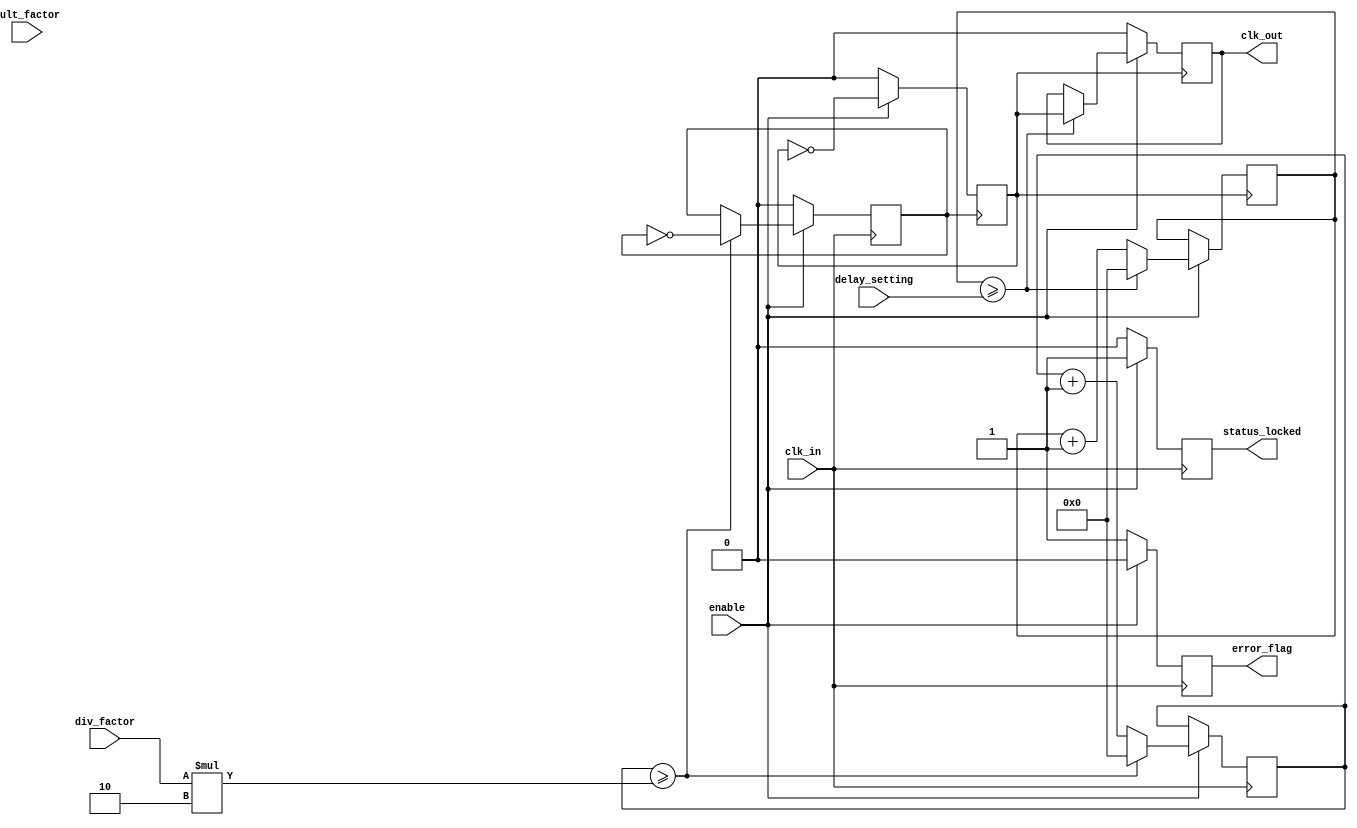
module ProgrammableClockBuffer (
    input wire clk_in,               // Primary clock input
    input wire [3:0] div_factor,     // Division factor for clock output
    input wire [3:0] mult_factor,     // Multiplication factor for clock output
    input wire [3:0] delay_setting,   // Delay setting for clock output
    input wire enable,                // Enable signal for clock output
    output reg clk_out,               // Output clock signal
    output reg status_locked,         // Status indicator for locked signal
    output reg error_flag             // Error flag for operation
);

    reg [31:0] counter;               // Counter for clock division/multiplication
    reg [31:0] delay_counter;         // Counter for delay control
    reg clk_div;                      // Divided clock signal
    reg clk_mult;                     // Multiplied clock signal

    // Clock division and multiplication logic
    always @(posedge clk_in) begin
        if (enable) begin
            // Clock division
            counter <= counter + 1;
            if (counter >= (div_factor * 2)) begin
                clk_div <= ~clk_div; // Toggle divided clock
                counter <= 0;        // Reset counter
            end
        end else begin
            clk_div <= 0; // Disable divided clock
        end
    end

    // Clock multiplication logic
    always @(posedge clk_div) begin
        if (enable) begin
            clk_mult <= ~clk_mult; // Toggle multiplied clock
        end else begin
            clk_mult <= 0; // Disable multiplied clock
        end
    end

    // Delay control logic
    always @(posedge clk_mult) begin
        if (enable) begin
            delay_counter <= delay_counter + 1;
            if (delay_counter >= delay_setting) begin
                clk_out <= clk_mult; // Output the clock after delay
                delay_counter <= 0;   // Reset delay counter
            end
        end else begin
            clk_out <= 0; // Disable output clock
        end
    end

    // Status and error handling
    always @(posedge clk_in) begin
        if (enable) begin
            status_locked <= 1; // Indicate that the clock is locked
            error_flag <= 0;    // No error
        end else begin
            status_locked <= 0; // Clock not locked
            error_flag <= 1;    // Indicate an error
        end
    end

endmodule